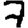
Digit: 7